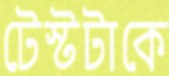
টেস্টটাকে